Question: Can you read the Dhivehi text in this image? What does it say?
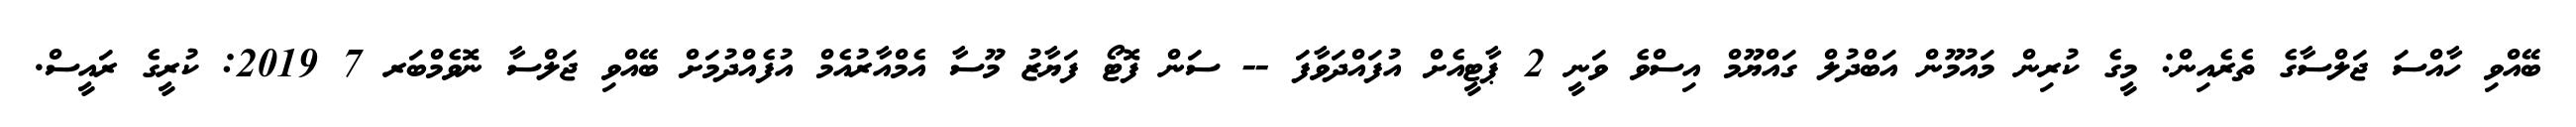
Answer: ބޭއްވި ހާއްސަ ޖަލްސާގެ ތެރެއިން: މީގެ ކުރިން މައުމޫން އަބްދުލް ގައްޔޫމް އިސްވެ ވަނީ 2 ޕާޓީއެށް އުފައްދަވާފަ -- ސަން ފޮޓޯ ފަޔާޒު މޫސާ އެމްއާރުއެމް އުފެއްދުމަށް ބޭއްވި ޖަލްސާ ނޮވެމްބަރ 7 2019: ކުރީގެ ރައީސް.